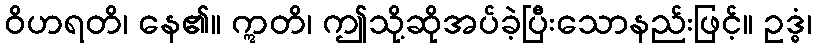
ဝိဟရတိ၊ နေ၏။ ဣတိ၊ ဤသို့ဆိုအပ်ခဲ့ပြီးသောနည်းဖြင့်။ ဥဒ္ဓံ၊